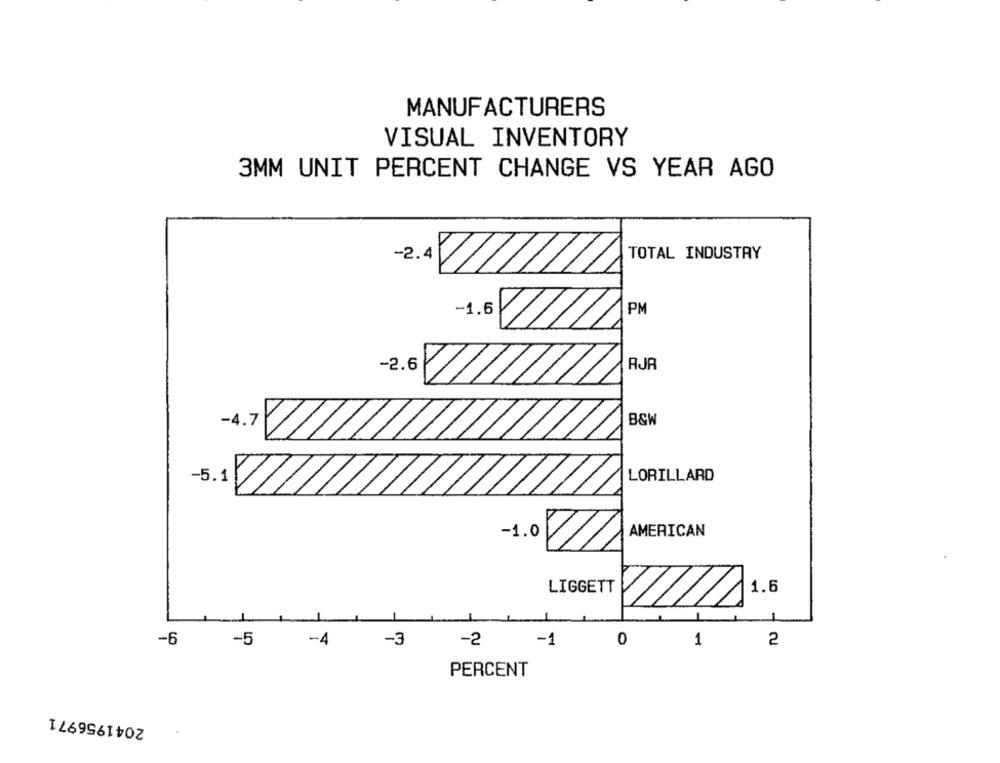
MANUFACTURERS
VISUAL INVENTORY
3MM UNIT PERCENT CHANGE VS YEAR AGO
-2.4
TOTAL INDUSTRY
-1.5
PM
-2.6
RJR
-4.7
B&W
-5.1
LORILLARD
-1.0
AMERICAN
LIGGETT
1.6
-
-6
-5
-4
-3
-2
-1
0
1
2
PERCENT
2041956971